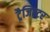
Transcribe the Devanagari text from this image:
ट्रैजिस्टर